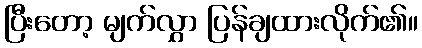
ပြီးတော့ မျက်လွှာ ပြန်ချထားလိုက်၏။